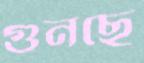
গুনছে